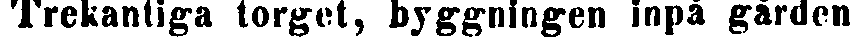
Trekantiga torget, byggningen inpå gården.